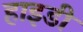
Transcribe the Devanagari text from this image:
हाइडी